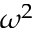
\omega ^ { 2 }